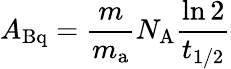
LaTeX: A_{\mathrm{Bq}}={\frac{m}{m_{\mathrm{a}}}}N_{\mathrm{A}}{\frac{\ln 2}{t_{1/2}}}